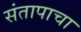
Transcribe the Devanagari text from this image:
संतापाचा